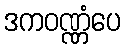
ဒကဝဏ္ဏံပေ